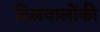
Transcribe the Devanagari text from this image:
दिलवालोंकी